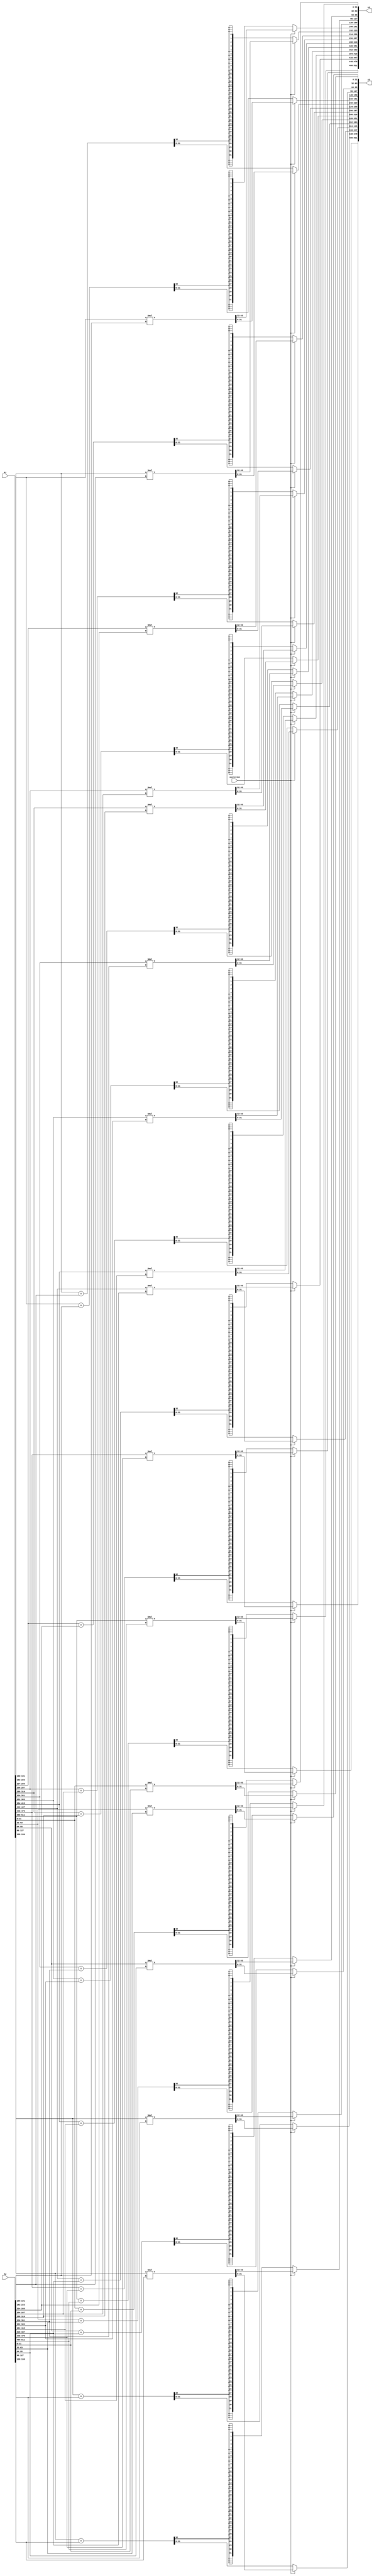
module ALU (
    input [511:0] A1,
    input [511:0] A2,
    output reg [511:0] A3,
    output reg [511:0] A4,
    input operation // 0: add, 1: multiply
);
    integer i;
    reg signed [32:0] add_temp [15:0];
    reg signed [63:0] mul_temp [15:0];

    always @(*) begin
        if (operation == 1'b0) begin // Addition
            for (i = 0; i < 16; i = i + 1) begin
                add_temp[i] = $signed(A1[32*i +: 32]) + $signed(A2[32*i +: 32]);
                A3[32*i +: 32] = add_temp[i][31:0];
                A4[32*i +: 32] = {32{add_temp[i][32]}}; // Correctly sign-extend
            end
        end else begin // Multiplication
            for (i = 0; i < 16; i = i + 1) begin
                mul_temp[i] = $signed(A1[32*i +: 32]) * $signed(A2[32*i +: 32]);
                A3[32*i +: 32] = mul_temp[i][31:0];
                A4[32*i +: 32] = mul_temp[i][63:32];
            end
        end
    end
endmodule